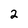
Character: 2